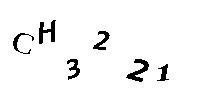
CH3221